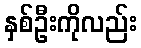
နှစ်ဦးကိုလည်း